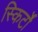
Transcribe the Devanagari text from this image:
स्किर्टों